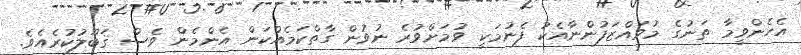
އެހެންވީމާ ތަނުގެ މުވައްޒަފުންނާއެކު ފެނުމަކީ ވުމަށްވުރެ ނުވުން ގާތްކަމެއްކަން އެންމެން ވެސް ޤަބޫލުކުރެއެވެ.